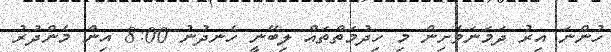
ހުންނަ އިރު ދަމަނަވެށިން މި ހިދުމަތްތައް ލިބޭނީ ހެނދުނު 8:00 އިން މެންދުރު